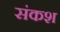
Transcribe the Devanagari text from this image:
संकश